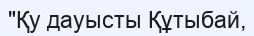
"Қу дауысты Құтыбай,